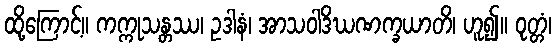
ထို့ကြောင့်။ ကက္ကုသန္တဿ၊ ဥဒါနံ၊ အာသဝါဒိဃဏက္ခယာတိ၊ ဟူ၍။ ဝုတ္တံ၊